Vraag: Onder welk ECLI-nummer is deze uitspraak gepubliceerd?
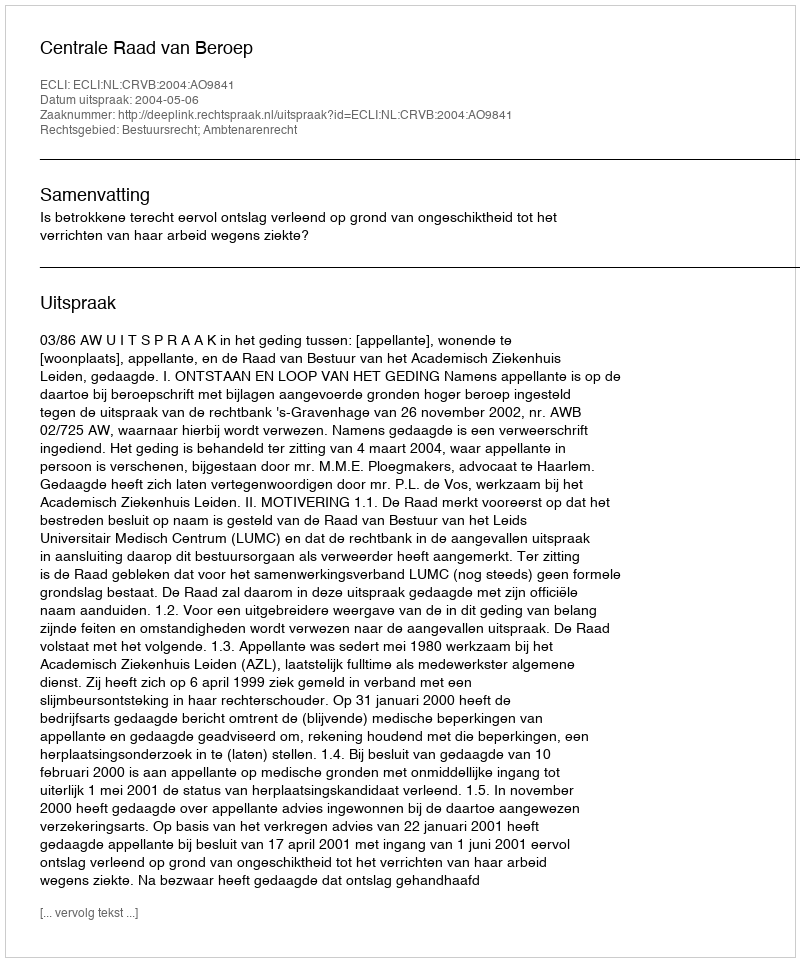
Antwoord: ECLI:NL:CRVB:2004:AO9841